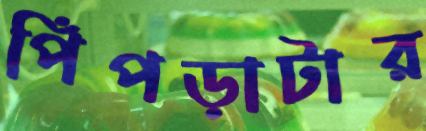
পিঁপড়াটার